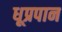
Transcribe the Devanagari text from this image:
धूप्रपान